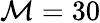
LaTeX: \mathcal{M}=30